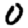
Digit: 0